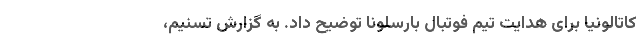
کاتالونیا برای هدایت تیم فوتبال بارسلونا توضیح داد. به گزارش تسنیم،